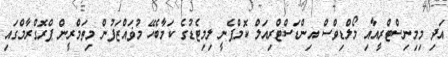
އަދި މިމިނިސްޓްރީއާއި މޯލްޑިވްސް އިންޑަސްޓްރިއަލް ކޮމްޕެނީ ލިމިޓެޑުގެ ކަމާބެހޭ މުޥައްޒަފުން މިތަމްރީން ޕްރޮގްރާމްގައި